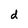
Character: d